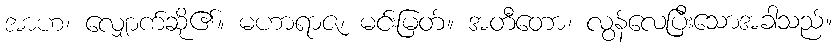
အာဟ၊ လျှောက်ဆို၏။ မဟာရာဇ၊ မင်းမြတ်။ အတီတော၊ လွန်လေပြီးသောအခါသည်။